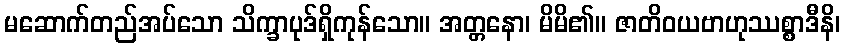
မဆောက်တည်အပ်သော သိက္ခာပုဒ်ရှိကုန်သော။ အတ္တနော၊ မိမိ၏။ ဇာတိဝယဗာဟုဿစ္စာဒီနိ၊